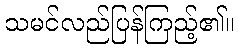
သမင်လည်ပြန်ကြည့်၏။